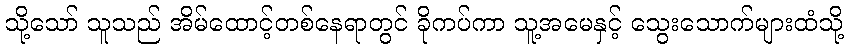
သို့သော် သူသည် အိမ်ထောင့်တစ်နေရာတွင် ခိုကပ်ကာ သူ့အမေနှင့် သွေးသောက်များထံသို့